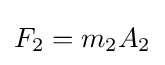
F_{2}=m_{2}A_{2}